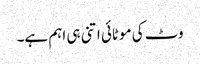
وٹ کی موٹائی اتنی ہی اہم ہے۔